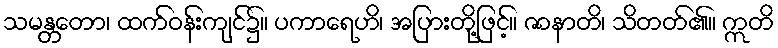
သမန္တတော၊ ထက်ဝန်းကျင်၌။ ပကာရေဟိ၊ အပြားတို့ဖြင့်။ ဇာနာတိ၊ သိတတ်၏။ ဣတိ